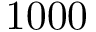
1 0 0 0